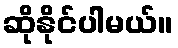
ဆိုနိုင်ပါမယ်။